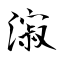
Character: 漃